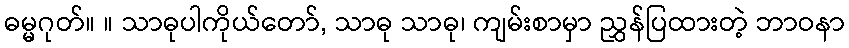
ဓမ္မဂုတ်။ ။ သာဓုပါကိုယ်တော်, သာဓု သာဓု၊ ကျမ်းစာမှာ ညွှန်ပြထားတဲ့ ဘာဝနာ